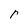
Character: r